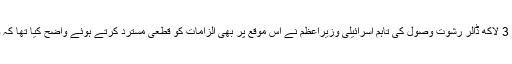
پولیس نے دعویٰ کیا تھا کہ نیتن یاہو نے دومختلف شخصیات سے 3 لاکھ ڈالر رشوت وصول کی تاہم اسرائیلی وزیراعظم نے اس موقع پر بھی الزامات کو قطعی مسترد کرتے ہوئے واضح کیا تھا کہ وہ ‘وزارتِ عظمیٰ کے عہدے سے ہرگز دستبردار نہیں ہوں گے’۔